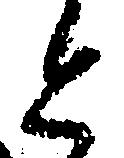
と